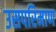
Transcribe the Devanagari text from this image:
उसपरिमाण